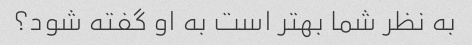
به نظر شما بهتر است به او گفته شود؟